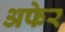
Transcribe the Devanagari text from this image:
अफेर